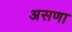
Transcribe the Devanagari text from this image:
असणा